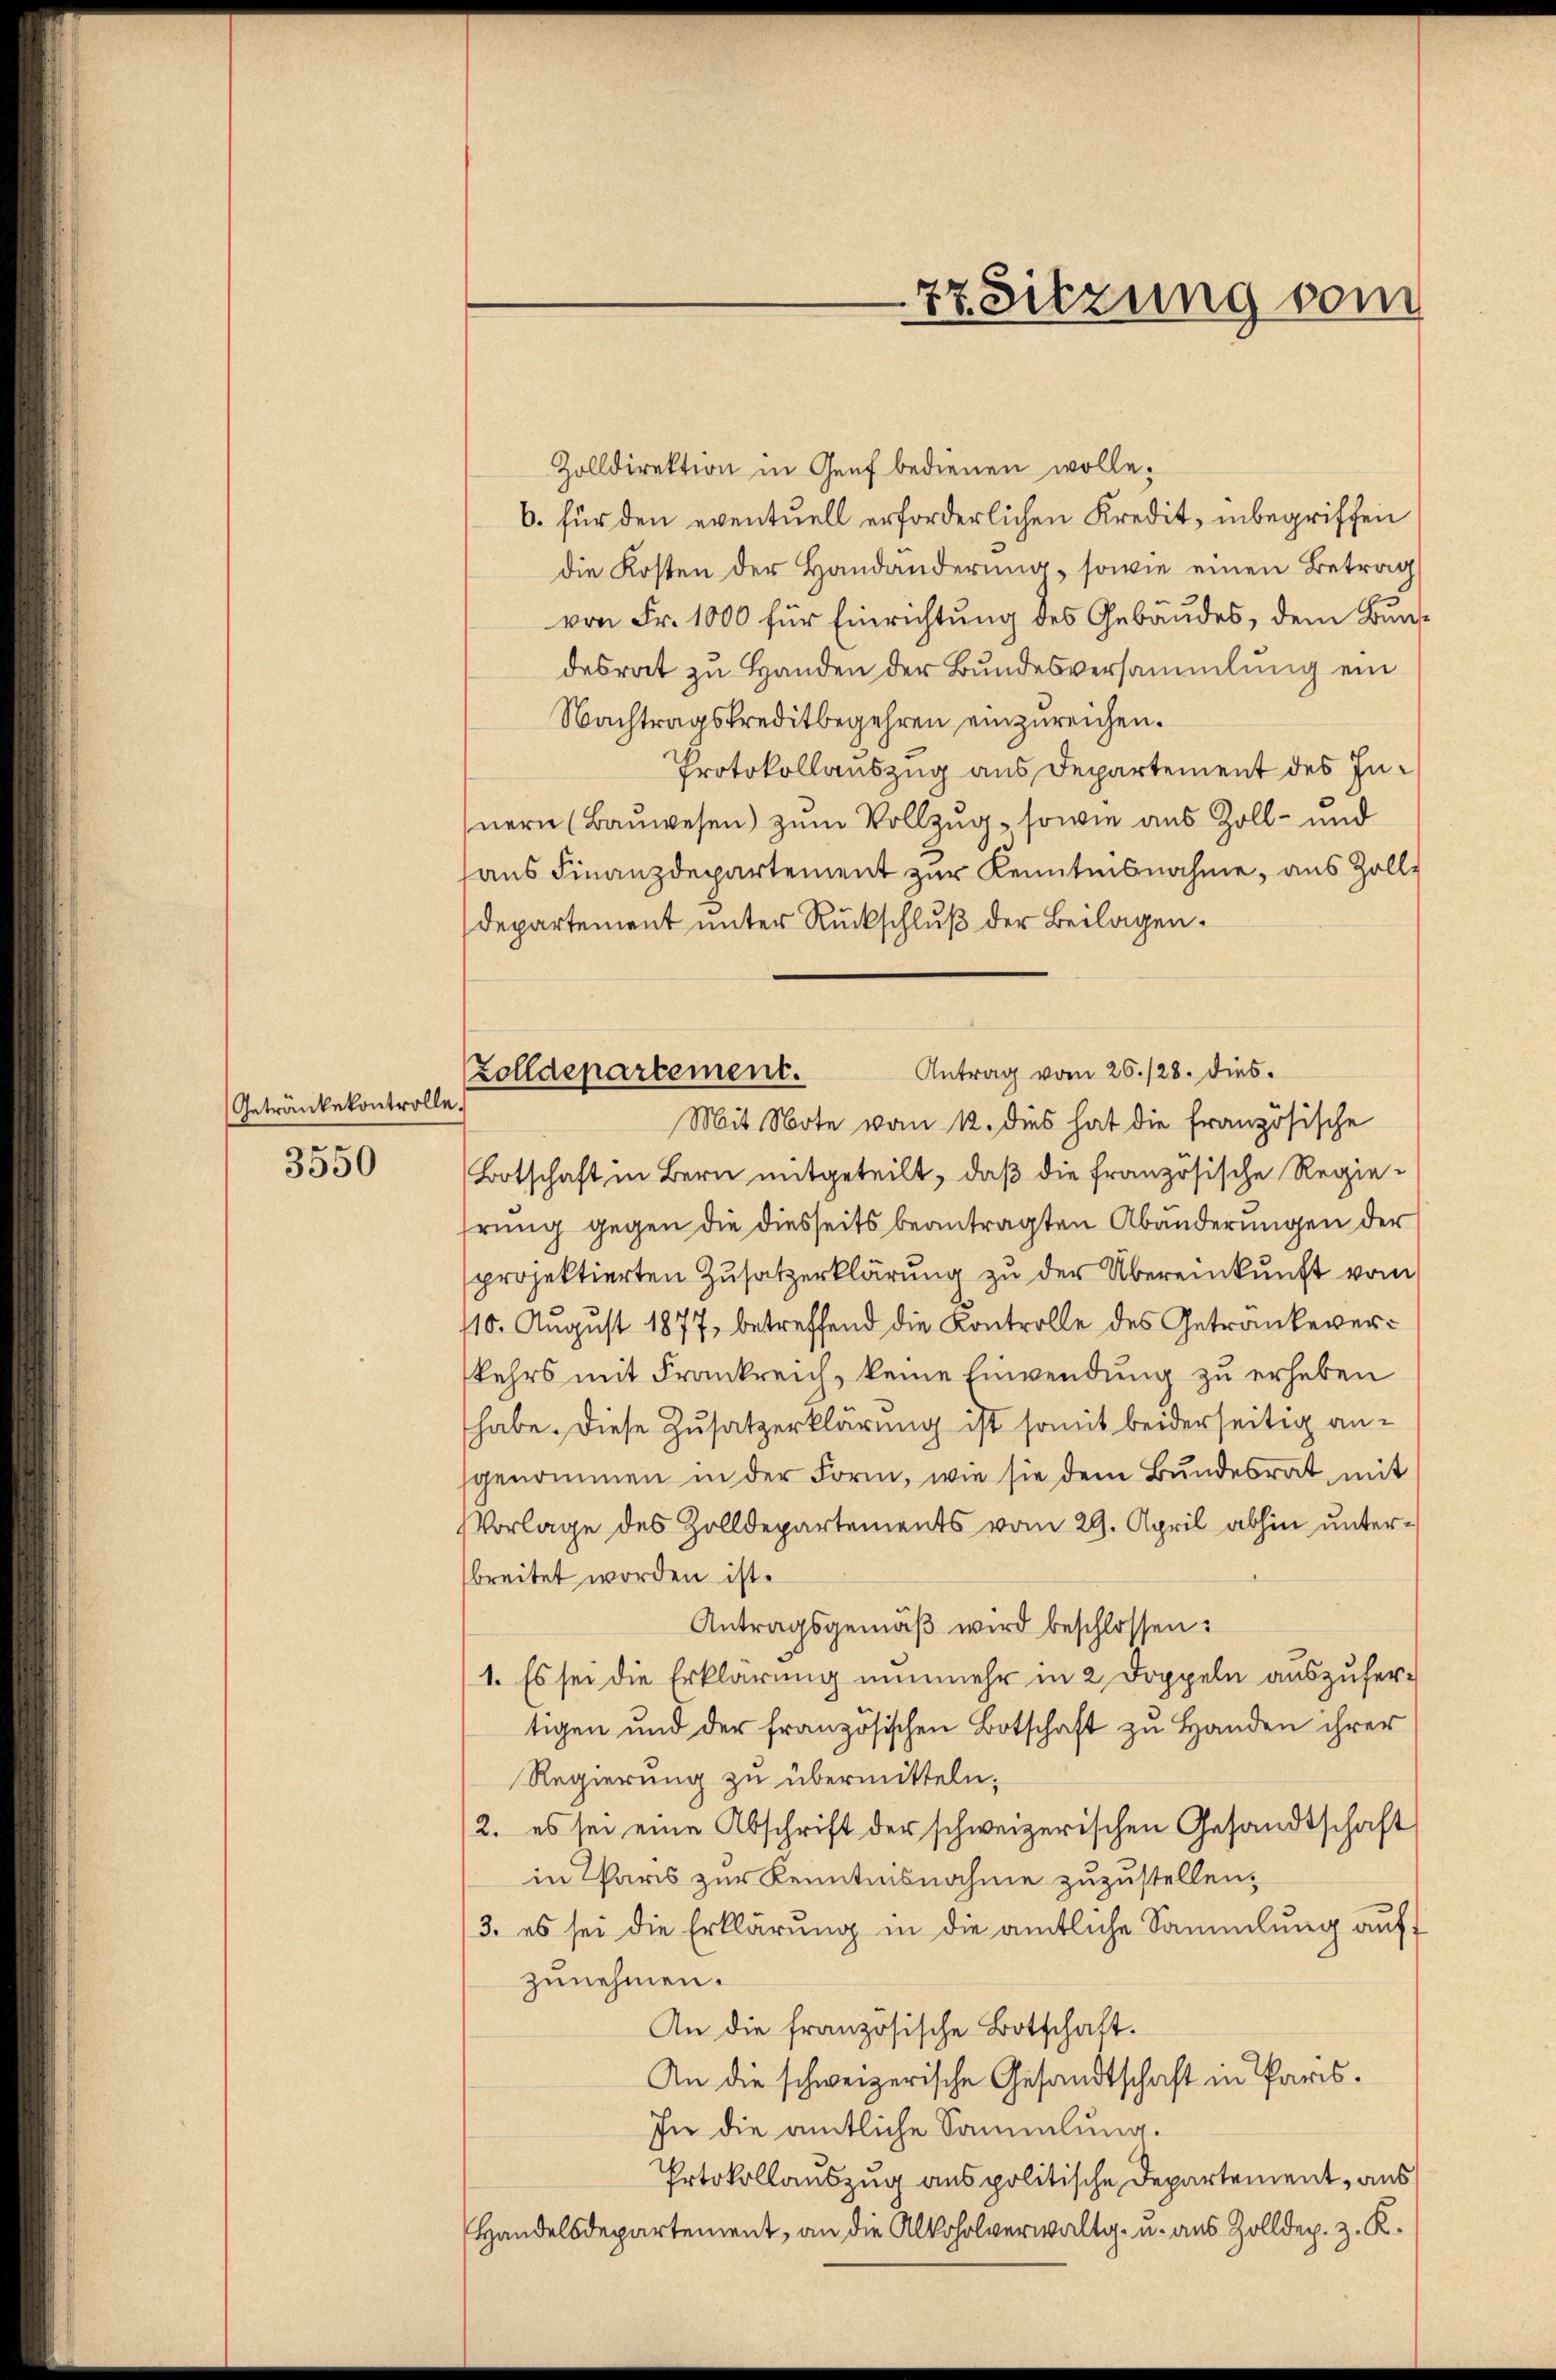
Getränkekontrolle.

3550

Zolldepartement.
Mit Note vom 12. dies hat die französische

77. Sitzung vom

Zolldirektion in Genf bedienen wolle;
6. für den eventuell erforderlichen Kredit, inbegriffen
die Kosten der Handänderung, sowie einen Betrag
von Fr. 1000 für Einrichtung des Gebäudes, dem Bundesrat zu Handen der Bundesversammlung ein
Nachtragskreditbegehren einzureichen.
Protokollauszug aus Departement des Innern (Bauwesen) zum Vollzug, sowie aus Zoll- und
haus Finanzdepartement zur Kenntnisnahme, aus Zoll¬
Departement unter Rückschluß der Beilagen.
Antrag vom 26./28. dies
Botschaft in Bern mitgeteilt, daß die französische Regieirung gegen die diesseits beantragten Abänderungen der
projektierten Zusatzerklärung zu der Übereinkunft vom
110. August 1877, betreffend die Kontrolle des Getranke verkehrs mit Frankreich, keine Einwendung zu erheben
habe. Diese Zusatzerklärung ist somit beiderseitig ansgenommen in der Form, wie sie dem Bundesrat, mit
Vorlage des Zolldepartements vom 29. April abhin unterbreitet worden ist.
Antragsgemäß wird beschlossen:
1. Es sei die Erklärung nunmehr in 2 Doppeln auszufertigen und der französischen Botschaft zu Handen ihrer
Regierung zu übermitteln,
/2. es sei eine Abschrift der schweizerischen Gesandtschaft
in Paris zur Kenntnisnahme zuzustellen;
3. es sei die Erklärung in die amtliche Sammlung auf
zunehmen.
An die französische Botschaft.
An die schweizerische Gesandtschaft in Paris¬
In die amtliche Sammlung.
Prtokollauszug aus politische Departement, aus
Handelsdepartement, an die Alkoholverwaltg- u. aus Zolldep. z. K.